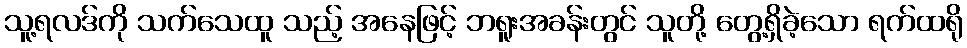
သူ့ရလဒ်ကို သက်သေထူ သည့် အနေဖြင့် ဘရူးအခန်းတွင် သူတို့ တွေ့ရှိခဲ့သော ရက်ထရို